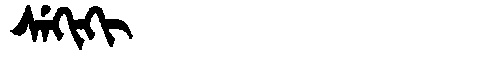
Manchu: ᠰᡝᡴᡳᡴᡳ
Romanization: SEKIKI